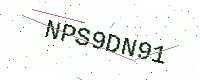
Text: NPS9DN91